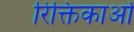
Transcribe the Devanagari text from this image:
रिक्तिकाओं